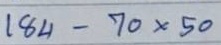
184 - 70 x 50